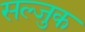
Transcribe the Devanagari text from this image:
सल्जुक